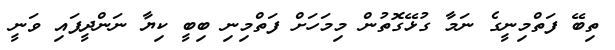
ތިބޭ ފަތްމިނީގެ ނަމާ ގުޅޭގޮތުން މިމަހަށް ފަތްމިނި ބިބީ ކިޔާ ނަންދީފައި ވަނީ